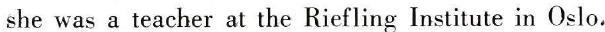
she was a teacher at the Riefling Institute in Oslo.